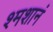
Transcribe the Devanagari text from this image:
श्मशानं